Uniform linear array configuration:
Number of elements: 32
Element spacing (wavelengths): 0.25
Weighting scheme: hann
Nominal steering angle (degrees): -45
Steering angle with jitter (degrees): -46.616
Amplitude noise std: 0.05
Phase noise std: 0.05

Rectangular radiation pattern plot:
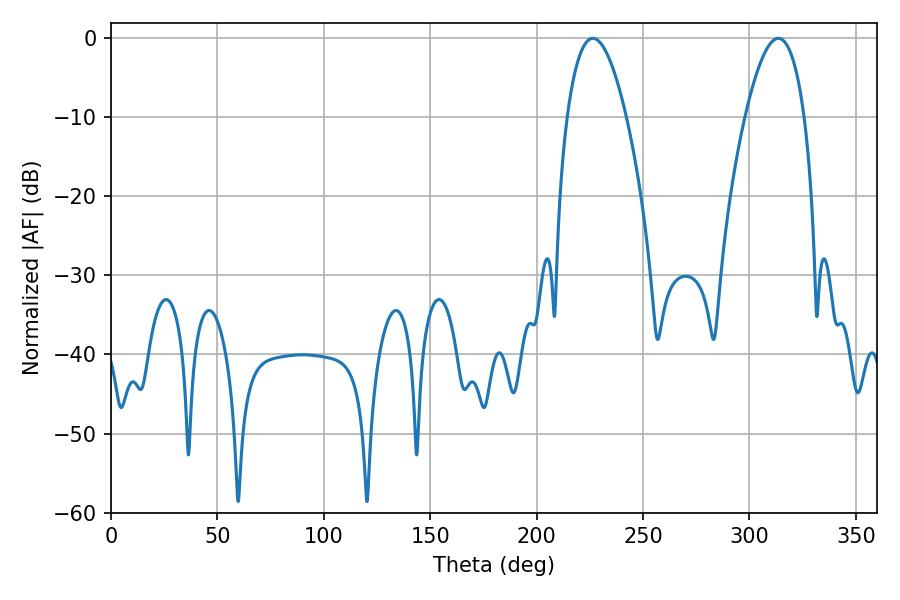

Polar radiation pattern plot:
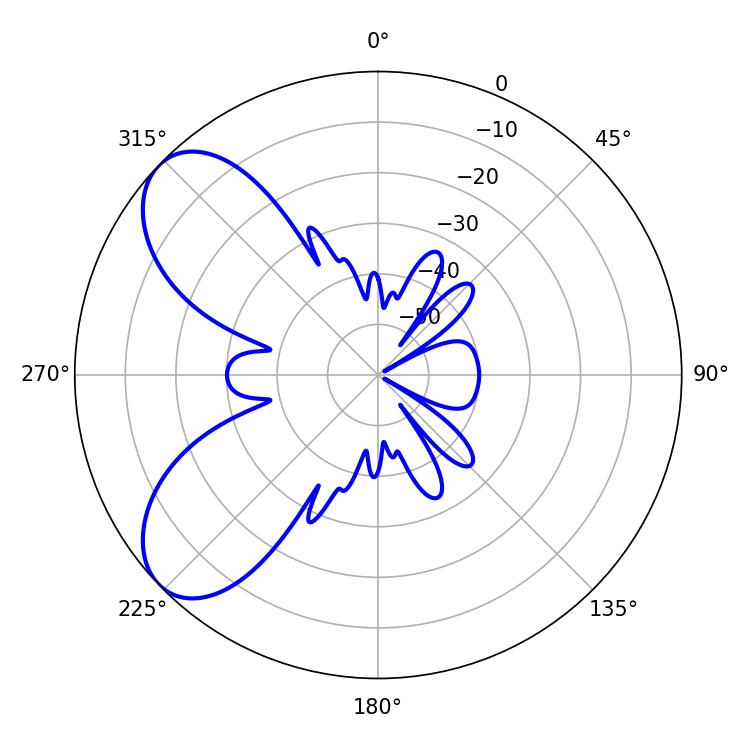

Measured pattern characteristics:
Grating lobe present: FALSE
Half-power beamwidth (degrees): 15.48
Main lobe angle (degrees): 226.44